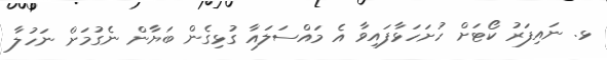
ޅ. ނައިފަރު ކޯޓަށް ހުށަހަޅާފައިވާ އެ މައްސަލައާ ގުޅިގެން ބަޔާން ނެގުމަށް ނަހުލާ